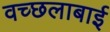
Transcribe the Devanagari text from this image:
वच्छलाबाई